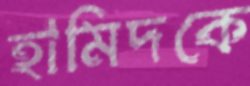
হামিদকে